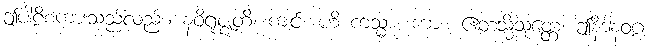
ဤပါဠိစကားသည်လည်း။ နဝိရုဇ္ဈတိ၊ ကျင်။ ဟိ ကသ္မာ၊ ကား။ ဧတသ္မိံသုတ္တေ၊ ဤနိဒါနဝဂ္ဂ